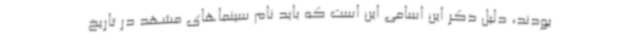
بودند، دلیل ذکر این اسامی این است که باید نام سینماهای مشهد در تاریخ